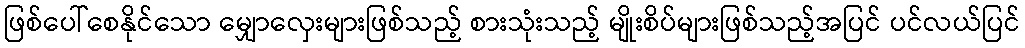
ဖြစ်ပေါ်စေနိုင်သော မျှောလှေးများဖြစ်သည့် စားသုံးသည့် မျိုးစိပ်များဖြစ်သည့်အပြင် ပင်လယ်ပြင်